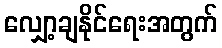
လျှော့ချနိုင်ရေးအတွက်